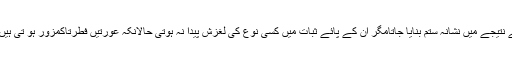
پھر بعض مسلمان عورتوں کو بھی اسلام قبول کرنے کے نتیجے میں نشانہ ستم بنایا جاتامگر ان کے پائے ثبات میں کسی نوع کی لغزش پیدا نہ ہوتی حالانکہ عورتیں فطرتاًکمزور ہو تی ہیں اور معمولی سز ابھی ان کے قدموں کو ڈگمگا دیتی ہے۔